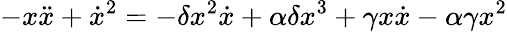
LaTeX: -x\ddot{x}+\dot{x}^{2}=-\delta x^{2}\dot{x}+\alpha\delta x^{3}+\gamma x\dot{x}-\alpha\gamma x^{2}